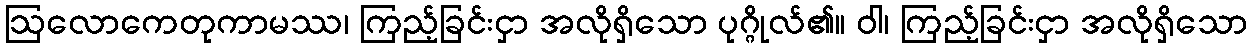
ဩလောကေတုကာမဿ၊ ကြည့်ခြင်းငှာ အလိုရှိသော ပုဂ္ဂိုလ်၏။ ဝါ၊ ကြည့်ခြင်းငှာ အလိုရှိသော